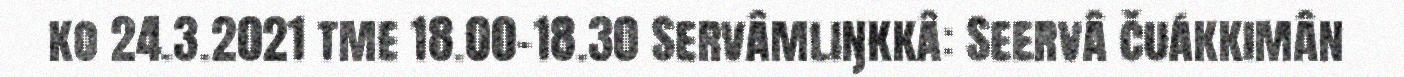
ko 24.3.2021 tme 18.00–18.30 Servâmliŋkkâ: Seervâ čuákkimân